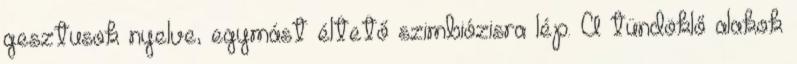
gesztusok nyelve, egymást éltető szimbiózisra lép. A tündöklő alakok